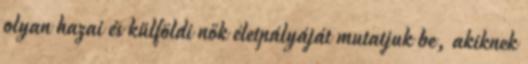
olyan hazai és külföldi nők életpályáját mutatjuk be, akiknek